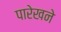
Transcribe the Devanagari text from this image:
पारेखने